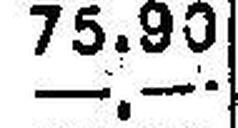
—.—